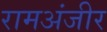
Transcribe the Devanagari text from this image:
रामअंजीर